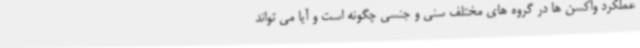
عملکرد واکسن ها در گروه های مختلف سنی و جنسی چگونه است و آیا می تواند